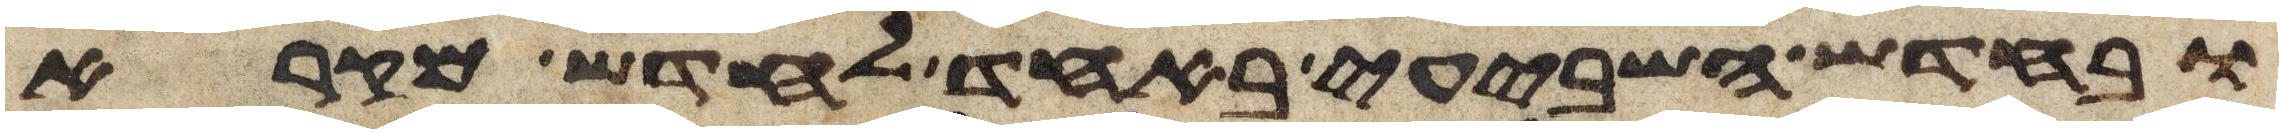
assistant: ובחדש השביעי באחד לחדש מקרא